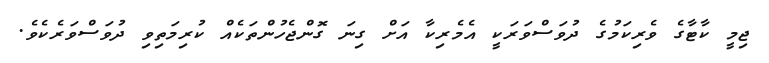
ޖިމީ ކާޓާގެ ވެރިކަމުގެ ދުވަސްވަރަކީ އެމެރިކާ އަށް ގިނަ ގޮންޖެހުންތަކެއް ކުރިމަތިވި ދުވަސްވަރެކެވެ.